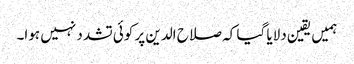
ہمیں یقین دلایا گیا کہ صلاح الدین پر کوئی تشدد نہیں ہوا۔